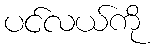
ပင်လယ်ကို